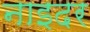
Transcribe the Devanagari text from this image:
नाइदर